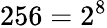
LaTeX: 256=2^{8}